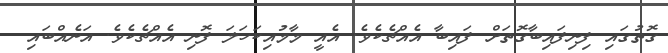
ގޮތުގައި ފިނިފައިބާގޮތަށް ފައިބާ އެއްޗެކެވެ. އެއީ މާމުއިކަހަލަ ފޮނި އެއްޗެކެވެ. އަނެއްބައި